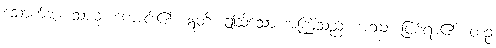
သောက်အံ့။ သာဓု၊ ကောင်း၏။ ဣတိ၊ ဤသို့သော အကြံသည်။ အဿ၊ ဖြစ်ရာ၏။ တဉ္စ